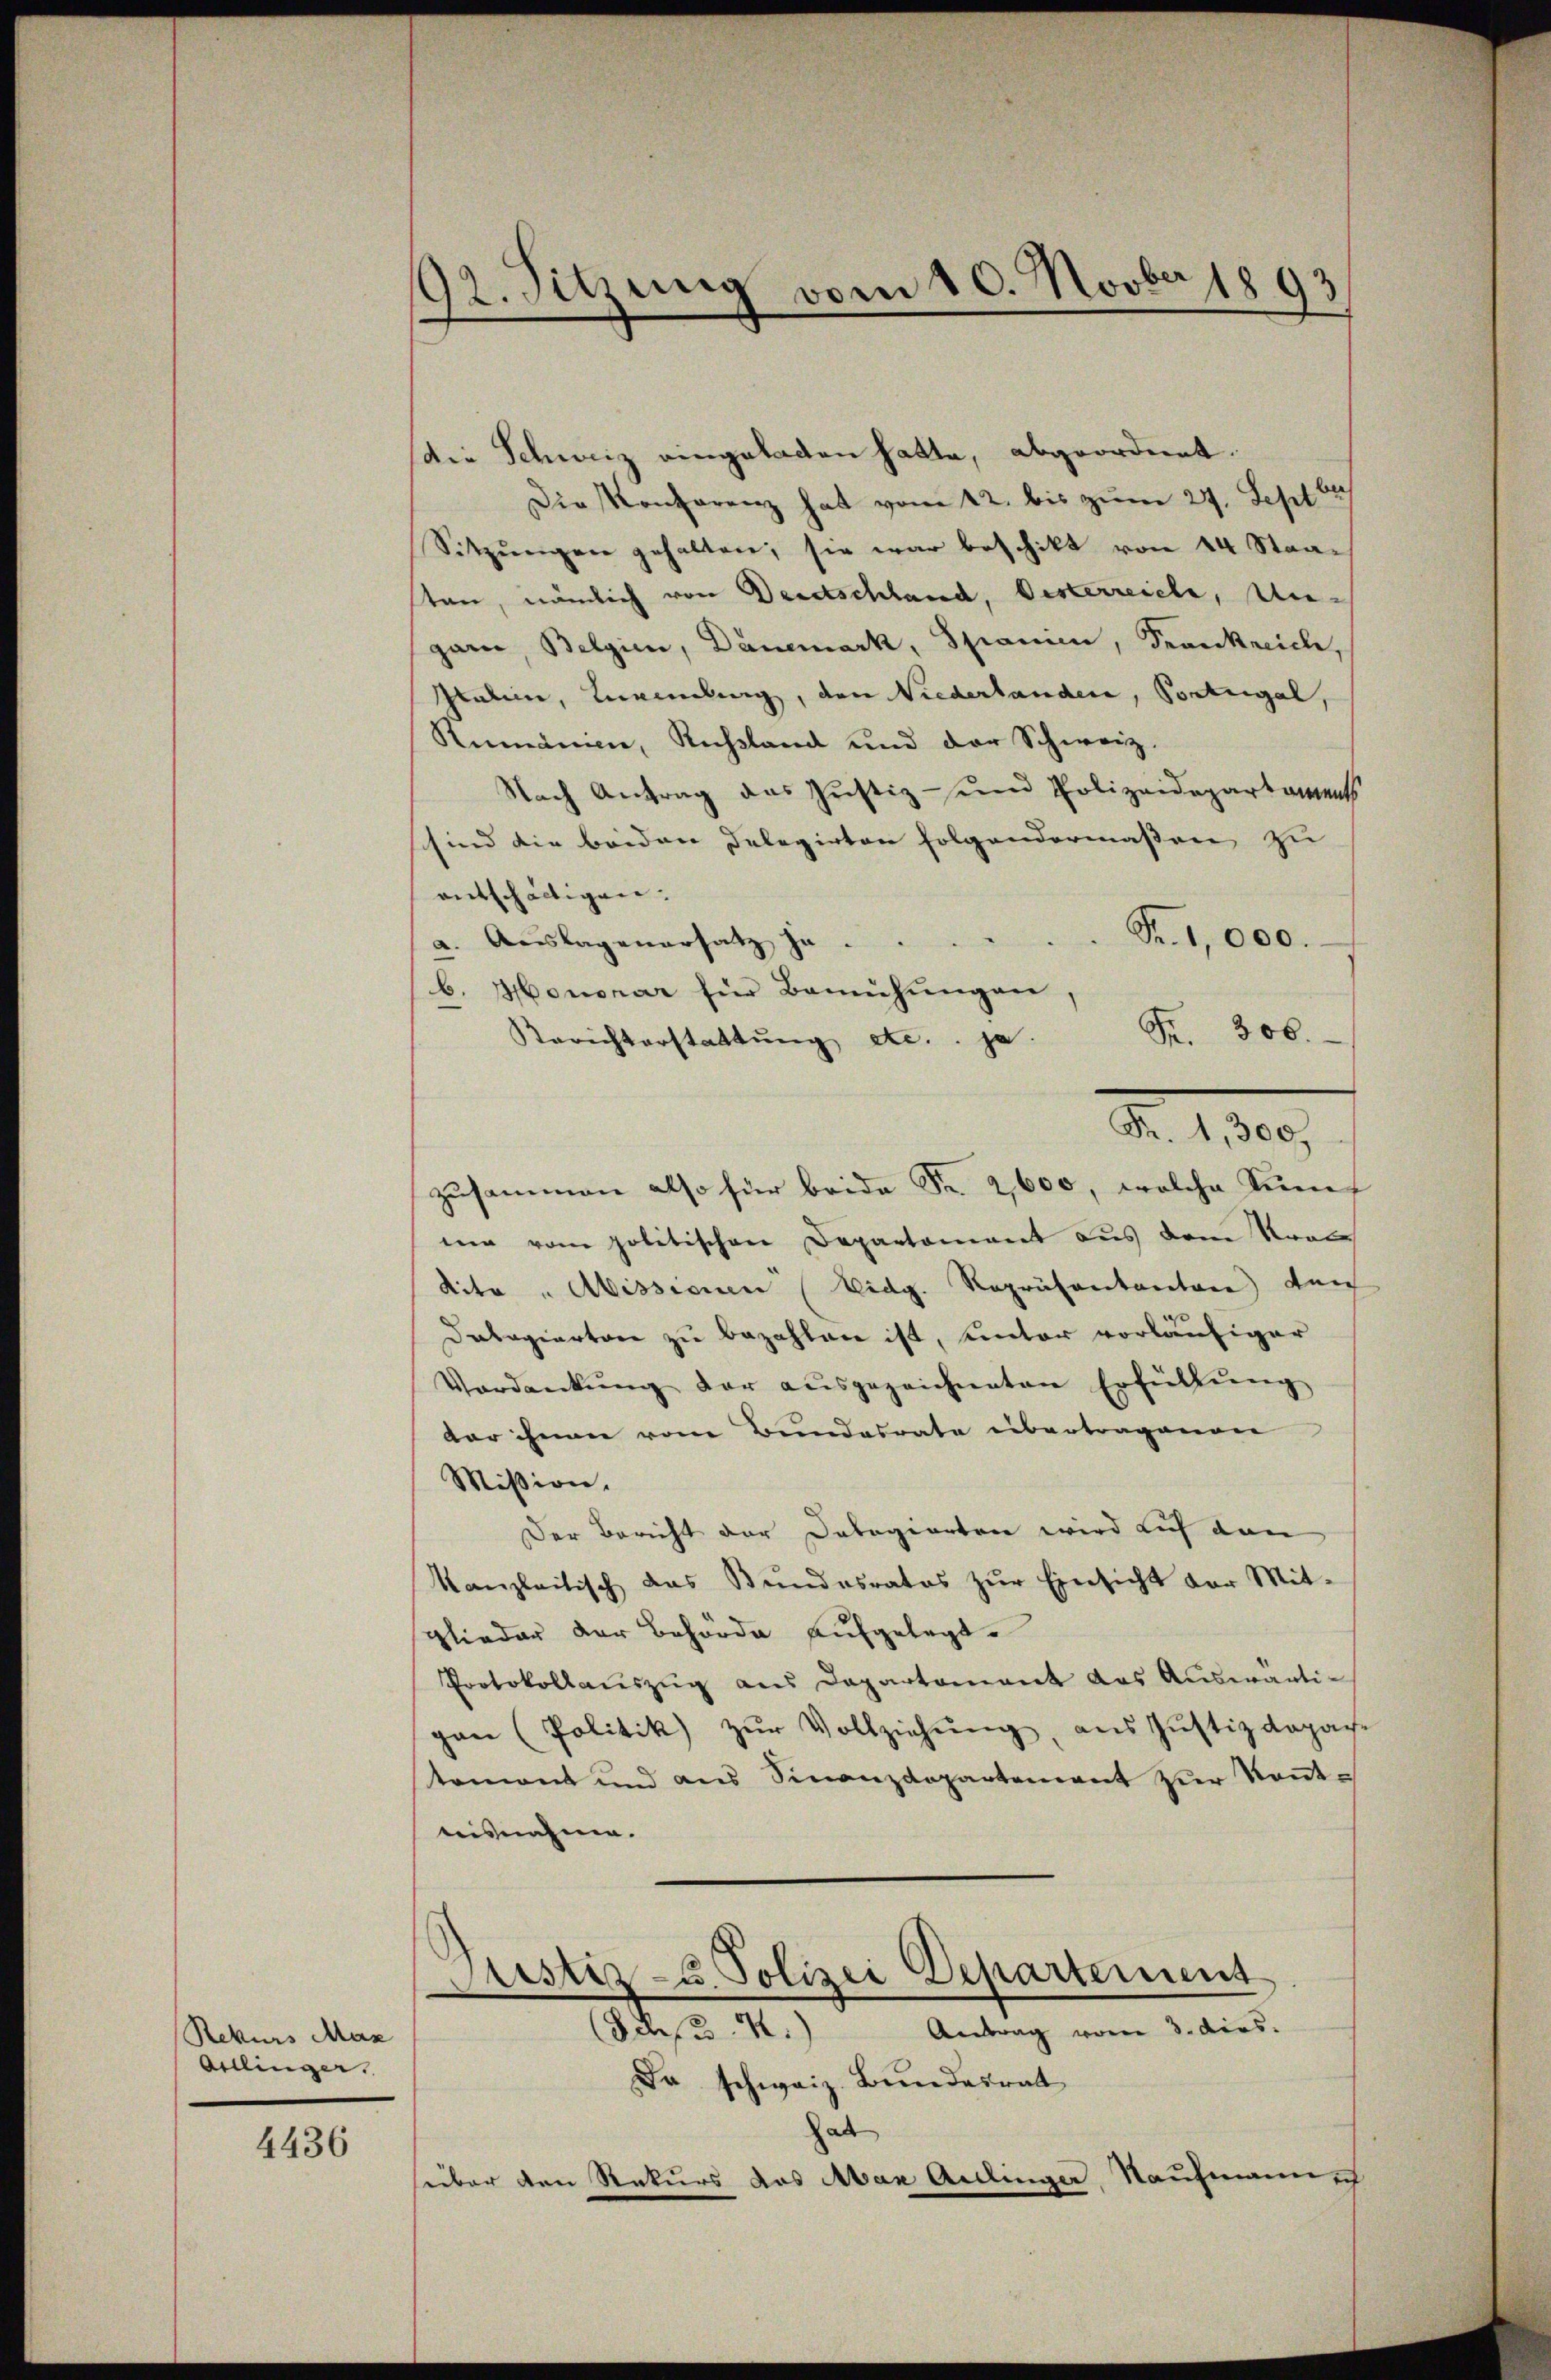
Rekurs Max
Artlingen.

4436

92. Sitzung vom 10. Novber 1893

die Schweiz eingeladen hatte, abgeordnet.
Die Konferenz hat vom 12. bis zum 27. Sept
Sitzŭngen gehalten; sie war beschikt von 14 Staasten, nämlich von Deutschland, Oesterreiche, Ungarn, Belgien, Dänemark, Spanien, Krankreiche,
Saline, Landlung, den Niederlanden, Portugal,
Rumänien, Russland und der Schweiz.
Nach Antrag das Justiz- und Polizeidepartaments
sind die beiden Delegirten folgendermassen zu
entschäftigen.
Fr. 1,000.
a. Auslagenersatz ja
b. Honorar für Bemühŭngen,
Fr. 306.
Berichterstattŭng etc. . ja.
zusammen also für beide Fr. 2,600, welche Senf
ner vom politischen Departement aus dem Kran
dita "Abissionen (Eidg. Repräsentantone durch
Dabagierten zu bezahlen ist, unter vorläufiger
Verdankŭng der aŭsgezeichneten Erfüllŭng
dar ihnen von Bundesrate übertragenen
Mission.
Der Bericht der Dobegierten wird auf den
kanzleitisch das Bŭndesrates zŭr Einsicht der Mit-
glieder der Behörde aufgelegt.
Protokollauszug aus Departement das Auswärtipan (Politik zŭr Vollziehŭng, aus Justizdepar-
temont und ans Finanzdepartement zŭr Keṅt-
aisnahme.

Fr. 1,300.

Justiz- u. Polizei Departement
(Schw. R.)
Antrag vom 3. ders.

Da schweiz. Bundesrat
hab
über den Rekurs das Max Aidlinger Raufmann ich